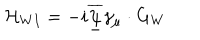
LaTeX: \mathcal { H } _ { W I } = - i \overline { { { \underline { { { \psi } } } } } } \gamma _ { \mu } \cdot G _ { W }